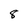
Character: 8